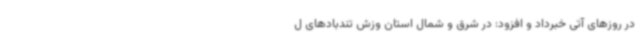
در روزهای آتی خبرداد و افزود: در شرق و شمال استان وزش تندبادهای ل